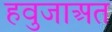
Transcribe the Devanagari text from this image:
हवुजाअत